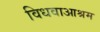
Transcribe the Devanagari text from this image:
विधवाआश्रम